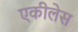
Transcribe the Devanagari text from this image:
एकीलेस